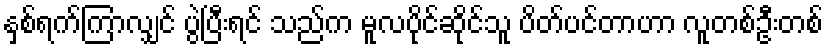
နှစ်ရက်ကြာလျှင် ပွဲပြီးရင် သည်က မူလပိုင်ဆိုင်သူ ပိတ်ပင်တာဟာ လူတစ်ဦးတစ်